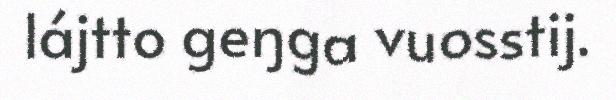
lájtto geŋga vuosstij.